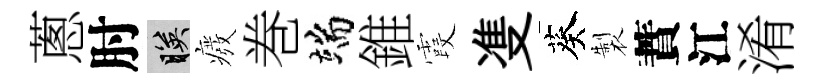
蔥肘映癈巻端錐霞㕠葵製蕡江淆